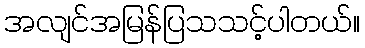
အလျင်အမြန်ပြသသင့်ပါတယ်။